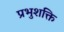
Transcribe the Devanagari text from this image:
प्रभुशक्ति